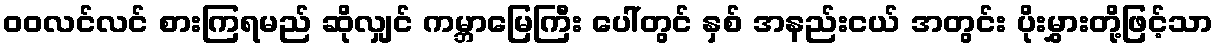
ဝဝလင်လင် စားကြရမည် ဆိုလျှင် ကမ္ဘာမြေကြီး ပေါ်တွင် နှစ် အနည်းငယ် အတွင်း ပိုးမွှားတို့ဖြင့်သာ